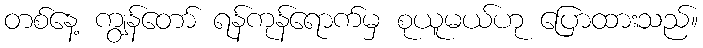
တစ်နေ့ ကျွန်တော် ရန်ကုန်ရောက်မှ စုယူမယ်ဟု ပြောထားသည်။